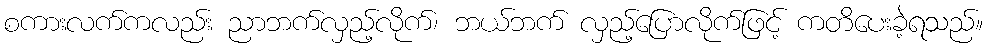
စကားလက်ကလည်း ညာဘက်လှည့်လိုက်၊ ဘယ်ဘက် လှည့်ပြောလိုက်ဖြင့် ကတိပေးခဲ့ရသည်။